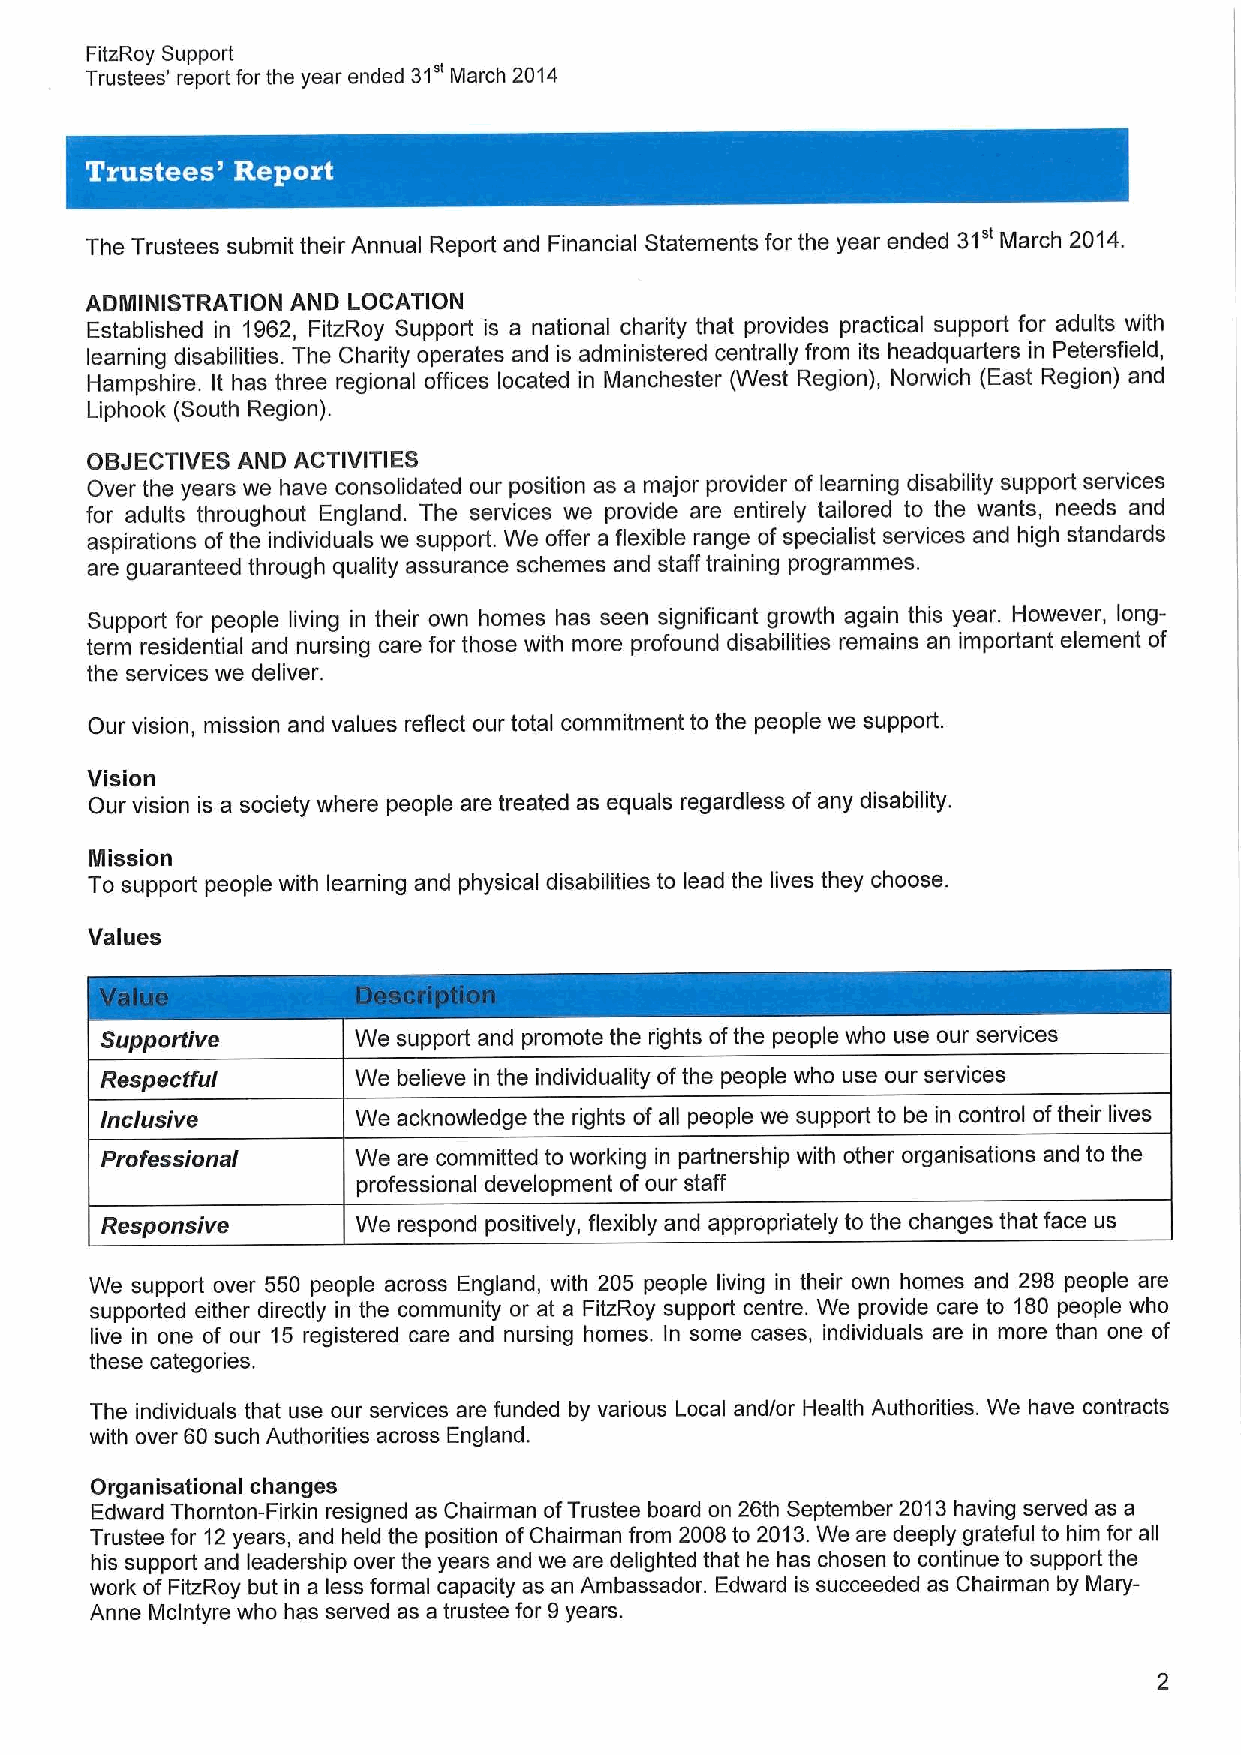
FitzRoy Support
 31"
 Trustees' report for the year ended March 2014
 The Trustees submit their Annual Report and Financial Statements for the year ended 31" March 2014.
 ADMINISTRATION AND LOCATION
 Established in 1962, FitzRoy Support is a national charity that provides practical support for adults with
 learning disabilities. The Charity operates and is administered centrally from its headquarters in Petersfield,
 Hampshire. It has three regional offices located in Manchester (West Region), Norwich (East Region) and
 Liphook (South Region).
 OBJECTIVES AND ACTIVITIES
 Over the years we have consolidated our position as a major provider of learning disability support services
 for adults throughout England. The services we provide are entirely tailored to the wants, needs and
 aspirations ofthe individuals we support. We offer a flexible range of specialist services and high standards
 are guaranteed through quality assurance schemes and staff training programmes.
 Support for people living in their own homes has seen significant growth again this year. However, long-
 term residential and nursing care for those with more profound disabilities remains an important element of
 the services we deliver.
 Our vision, mission and values reflect our total commitment to the people we support.
 Vision
 Our vision is a society where people are treated as equals regardless of any disability.
 Mission
 To support people with learning and physical disabilities to lead the lives they choose.
 Values
 Supportive      We support and promote the rights ofthe people who use our services
 Respectful      We believe in the individuality ofthe people who use our services
 lnclusi ve       We acknowledge the rights of all people we support to be in control oftheir lives
 Professional     We are committed to working in partnership with other organisations and to the
 professional development ofour staff
 Responsive       We respond positively, flexibly and appropdately to the changes that face us
 We support over 550 people across England, with 205 people living in their own homes and 298 people are
 supported either directly in the community or at a FitzRoy support centre. We provide care to 180 people who
 live in one of our 15 registered care and nursing homes. In some cases, individuals are in more than one of
 these categories.
 The individuals that use our services are funded by various Local and/or Health Authorities. We have contracts
 with over 60 such Authorities across England.
 Organisational changes
 Edward Thornton-Firkin resigned as Chairman ofTrustee board on 26th September 2013having served as a
 Trustee for 12years, and held the position ofChairman from 2008 to 2013.We are deeply grateful to him for all
 his support and leadership over the years and we are delighted that he has chosen to continue to support the
 work ofFitzRoy but in a less formal capacity as an Ambassador. Edward is succeeded as Chairman by Mary-
 Anne Mclntyre who has served as a trustee for 9years.